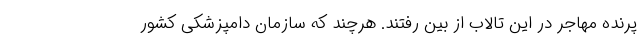
پرنده مهاجر در این تالاب از بین رفتند. هرچند که سازمان دامپزشکی کشور